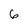
Character: 6